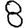
Digit: 8